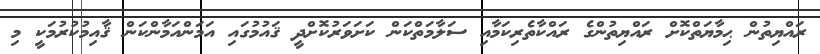
ރައްޔިތުން ޙިމާޔަތްކޮށް ރައްޔިތުންގެ ރައްކާތެރިކަމާއި ސަލާމަތްކަން ކަށަވަރުކޮށްދީ ޤައުމުގައި އަމަންއަމާންކަން ޤާއިމުކުރުމަކީ މި